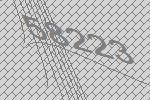
58223